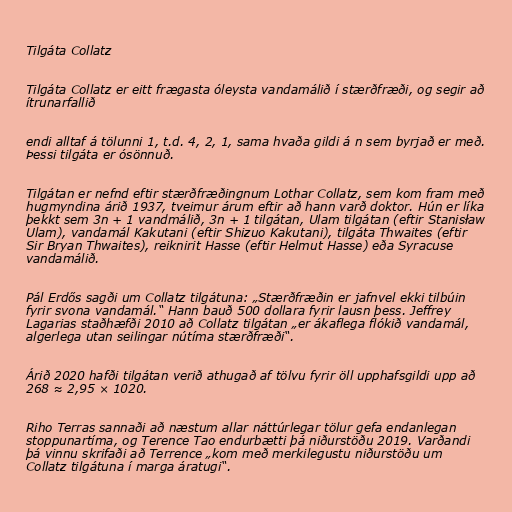
Tilgáta Collatz

Tilgáta Collatz er eitt frægasta óleysta vandamálið í stærðfræði, og segir að
ítrunarfallið

endi alltaf á tölunni 1, t.d. 4, 2, 1, sama hvaða gildi á n sem byrjað er með.
Þessi tilgáta er ósönnuð.

Tilgátan er nefnd eftir stærðfræðingnum Lothar Collatz, sem kom fram með
hugmyndina árið 1937, tveimur árum eftir að hann varð doktor. Hún er líka
þekkt sem 3n + 1 vandmálið, 3n + 1 tilgátan, Ulam tilgátan (eftir Stanisław
Ulam), vandamál Kakutani (eftir Shizuo Kakutani), tilgáta Thwaites (eftir
Sir Bryan Thwaites), reiknirit Hasse (eftir Helmut Hasse) eða Syracuse
vandamálið.

Pál Erdős sagði um Collatz tilgátuna: „Stærðfræðin er jafnvel ekki tilbúin
fyrir svona vandamál.“ Hann bauð 500 dollara fyrir lausn þess. Jeffrey
Lagarias staðhæfði 2010 að Collatz tilgátan „er ákaflega flókið vandamál,
algerlega utan seilingar nútíma stærðfræði“.

Árið 2020 hafði tilgátan verið athugað af tölvu fyrir öll upphafsgildi upp að
268 ≈ 2,95 × 1020.

Riho Terras sannaði að næstum allar náttúrlegar tölur gefa endanlegan
stoppunartíma, og Terence Tao endurbætti þá niðurstöðu 2019. Varðandi
þá vinnu skrifaði að Terrence „kom með merkilegustu niðurstöðu um
Collatz tilgátuna í marga áratugi“.